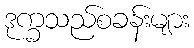
ဒုက္ခသည်စခန်းများ